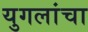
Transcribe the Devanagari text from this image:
युगलांचा